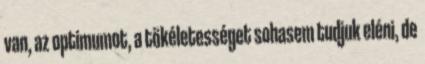
van, az optimumot, a tökéletességet sohasem tudjuk eléni, de